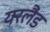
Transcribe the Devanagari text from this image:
यरलैंड